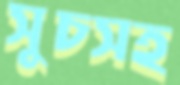
সুচসহ